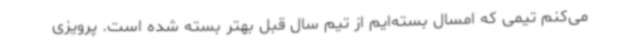
می‌کنم تیمی که امسال بسته‌ایم از تیم سال قبل بهتر بسته شده است. پرویزی